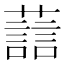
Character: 𫊂